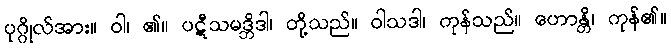
ပုဂ္ဂိုလ်အား။ ဝါ၊ ၏။ ပဋီသမဒ္ဘိဒါ၊ တို့သည်။ ဝါသဒါ၊ ကုန်သည်။ ဟောန္တိ၊ ကုန်၏။